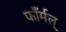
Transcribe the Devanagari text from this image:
फाँर्मल्